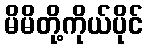
မိမိတို့ကိုယ်ပိုင်